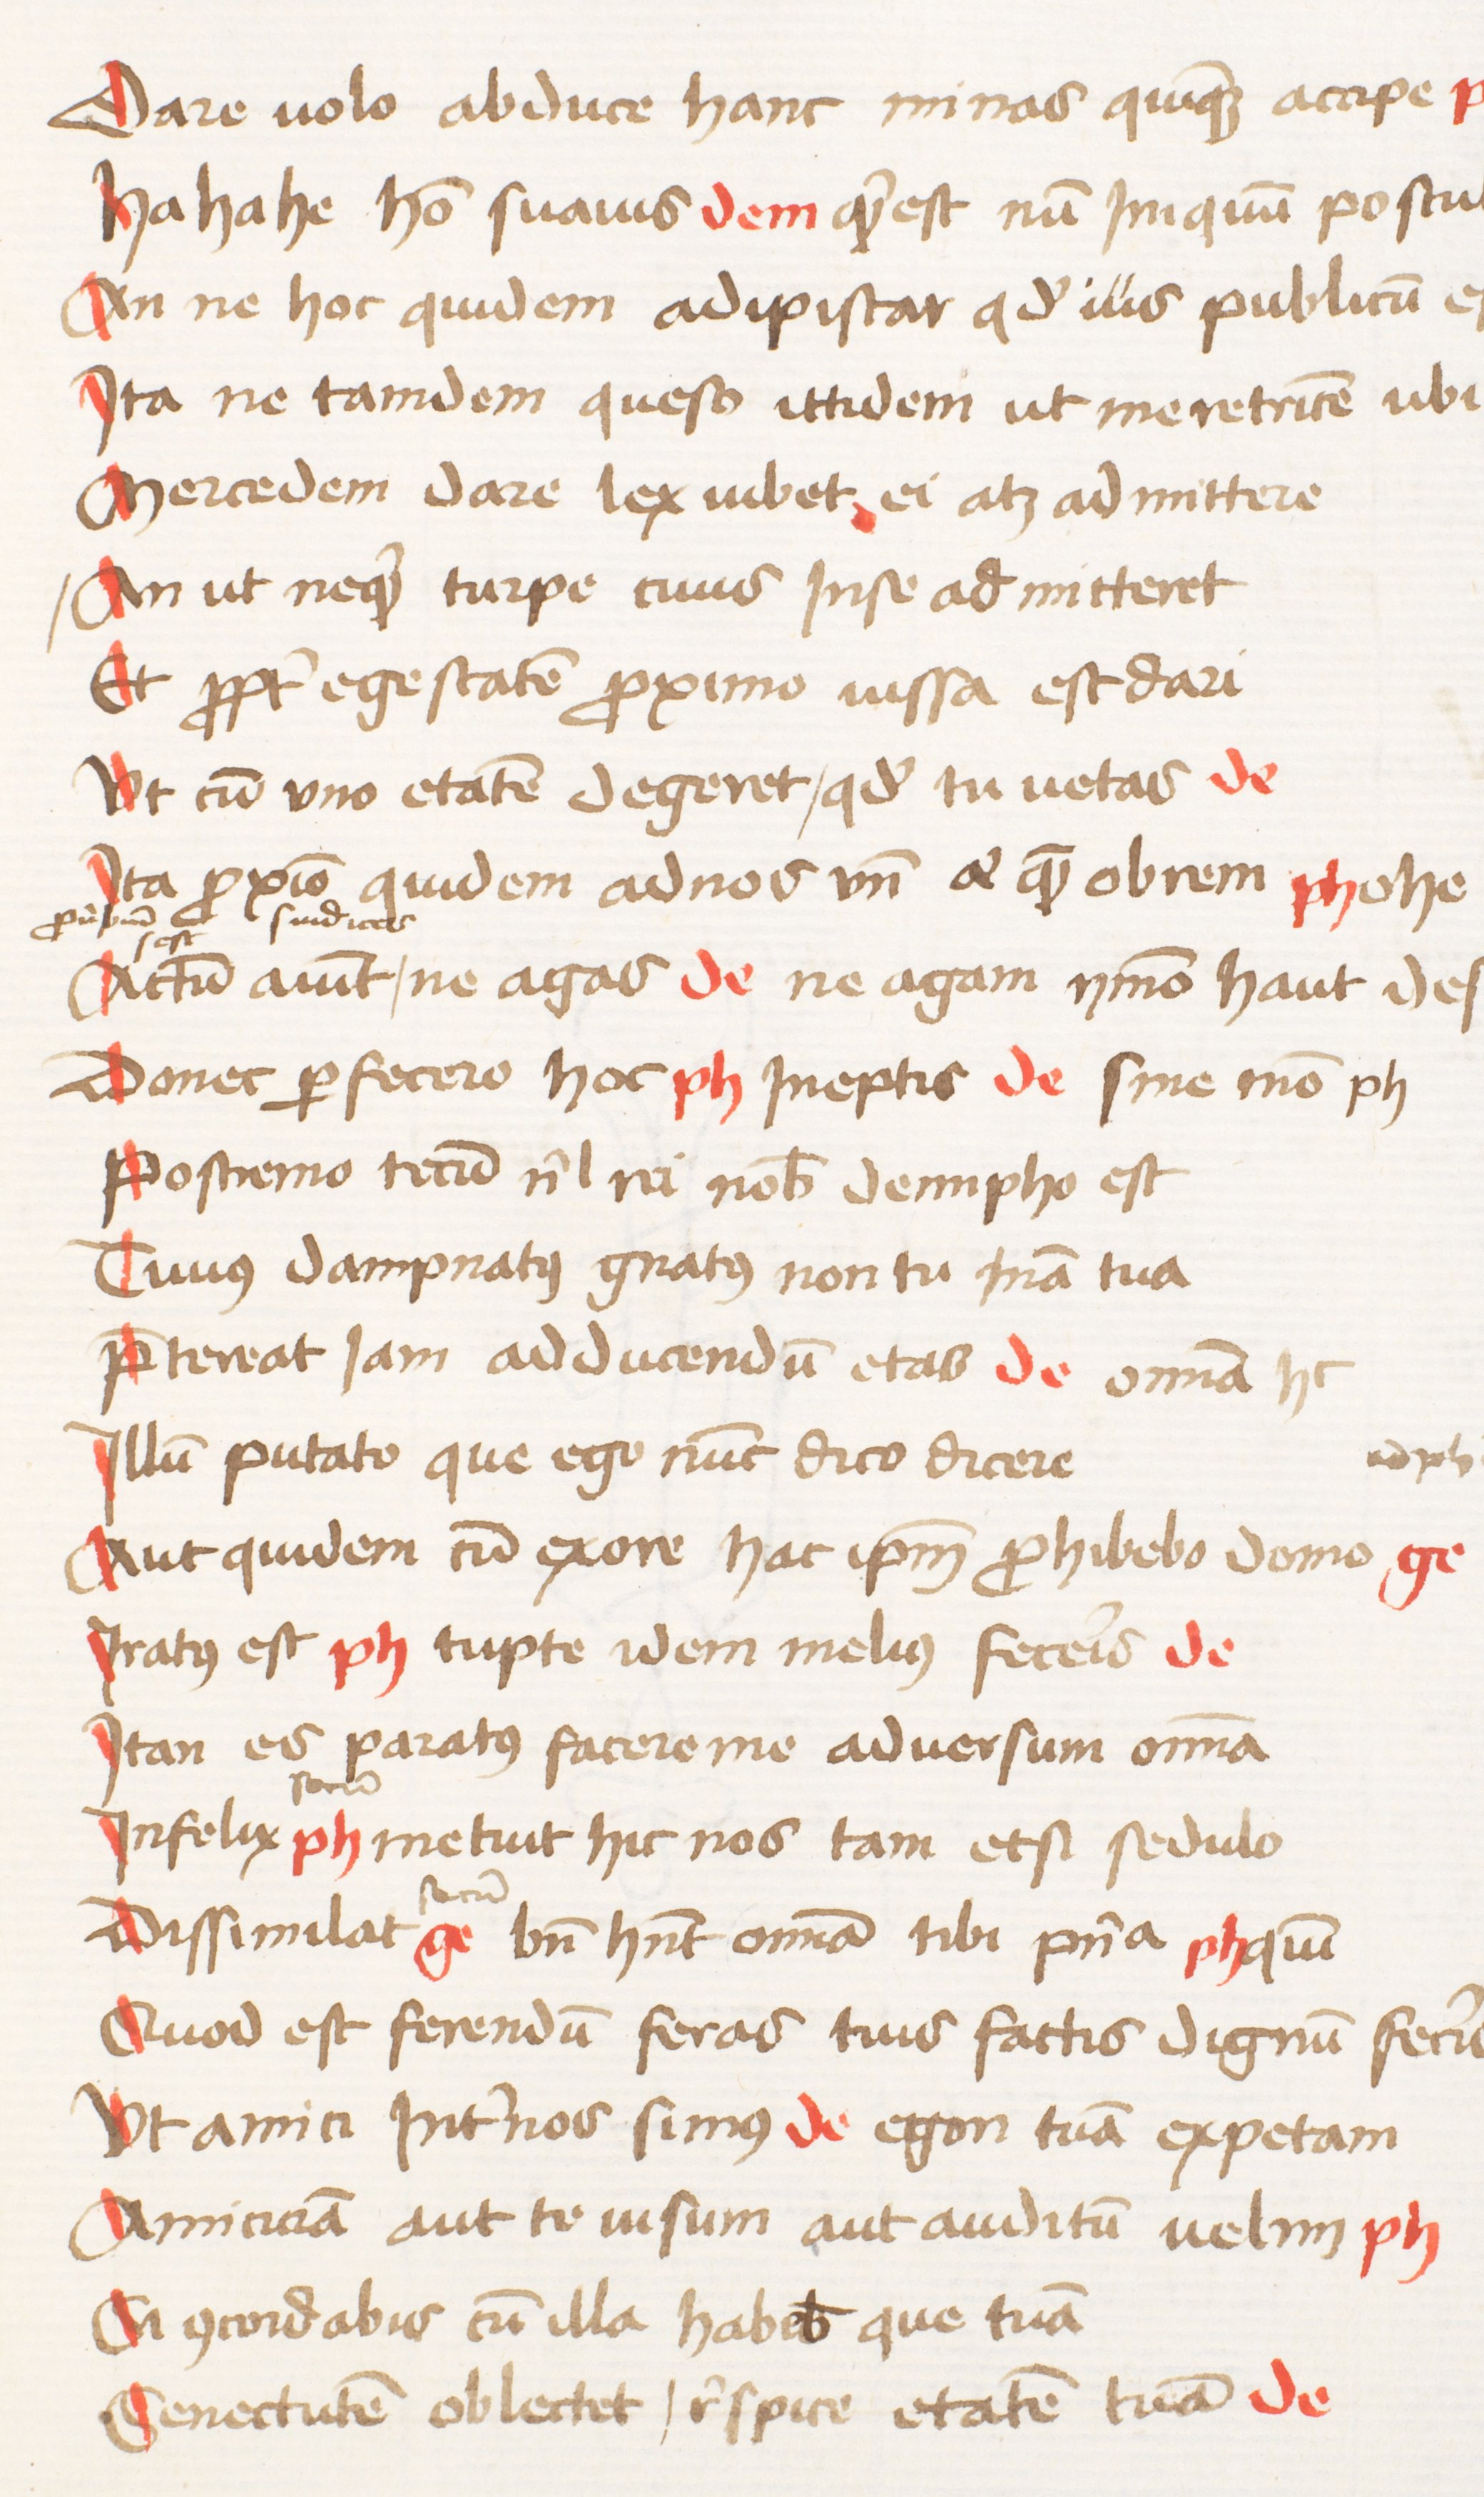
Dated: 1470–1472